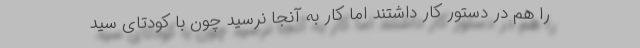
را هم در دستور کار داشتند اما کار به آنجا نرسید چون با کودتای سید